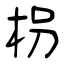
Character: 柺